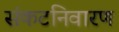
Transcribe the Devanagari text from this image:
संकटनिवारण